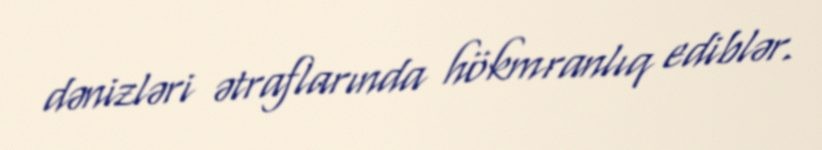
dənizləri ətraflarında hökmranlıq ediblər.